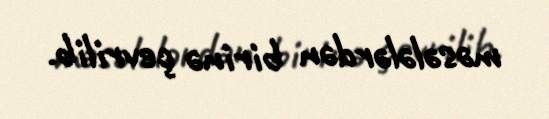
məsələlərdən birinə çevrilib.